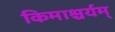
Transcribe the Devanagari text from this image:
किमाश्चर्यम्